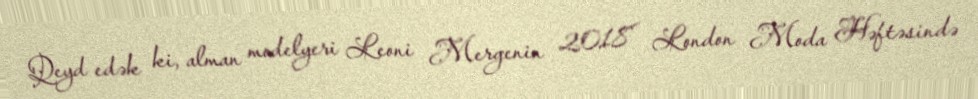
Qeyd edək ki, alman modelyeri Leoni Mergenin 2018 London Moda Həftəsində